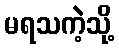
မရသကဲ့သို့